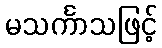
မသင်္ကာသဖြင့်